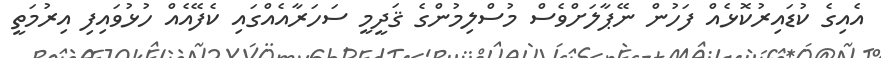
އެއިގެ ކުޑައިރުކޮޅެއް ފަހުން ނޭޕާލަށްވެސް މުސްލިމުންގެ ޤަދީމީ ސަހަރާއެއްގައި ކެފޭއެއް ހުޅުވައިފި އިރުމަތީ